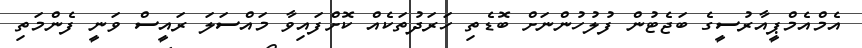
އެމްއެމްޕީއާރުސީގެ ބަޖެޓުން ފުލުހުންނަށް ބޮޑެތި ހަރަދުތަކެއް ކޮށްފައިވާ މައްސަލަ ރައީސް ވަނީ ފެންމަތި